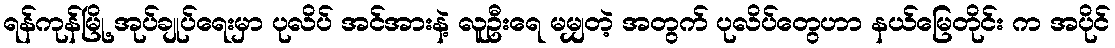
ရန်ကုန်မြို့ အုပ်ချုပ်ရေးမှာ ပုလိပ် အင်အားနဲ့ လူဦးရေ မမျှတဲ့ အတွက် ပုလိပ်တွေဟာ နယ်မြေတိုင်း က အပိုင်